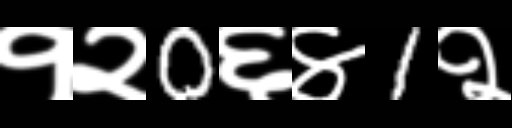
Text: १२0६४1२